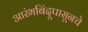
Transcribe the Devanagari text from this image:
आरंभबिंदूपासूनचे